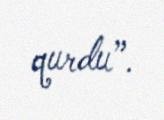
qurdu”.